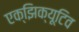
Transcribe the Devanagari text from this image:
एक्झिक्यूटिव